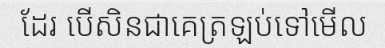
ដែរ បើសិនជាគេត្រឡប់ទៅមើល